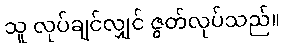
သူ လုပ်ချင်လျှင် ဇွတ်လုပ်သည်။